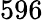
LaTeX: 596